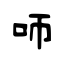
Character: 𠯗